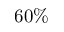
6 0 \%